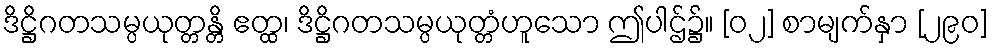
ဒိဋ္ဌိဂတသမ္ပယုတ္တန္တိ ဧတ္ထ၊ ဒိဋ္ဌိဂတသမ္ပယုတ္တံဟူသော ဤပါဌ်၌။ [၀၂] စာမျက်နှာ [၂၉၀]